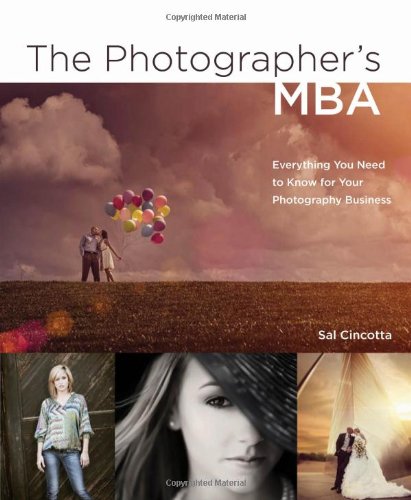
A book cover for The Photographer's MBA: Everything You Need to Know for Your Photography Business; Sal Cincotta; Arts & Photography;